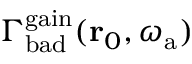
\Gamma _ { \mathrm { b a d } } ^ { \mathrm { g a i n } } ( \mathbf { r } _ { 0 } , \omega _ { \mathrm { a } } )